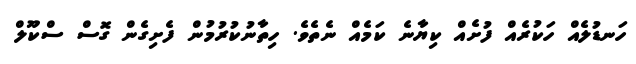
ހަނޑުލެއް ހަކުރެއް ފުށެއް ކިޔާނެ ކަމެއް ނެތެވެ. ހިތާނުކުރުމުން ފެށިގެން ގޮސް ސްކޫލް